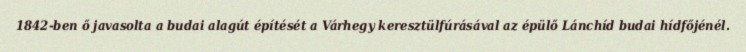
1842-ben ő javasolta a budai alagút építését a Várhegy keresztülfúrásával az épülő Lánchíd budai hídfőjénél.